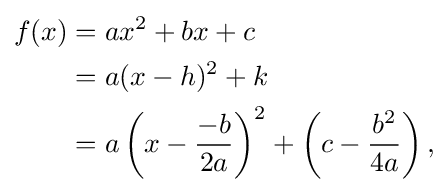
{\begin{aligned}f(x)&=ax^{2}+bx+c\\&=a(x-h)^{2}+k\\&=a\left(x-{\frac {-b}{2a}}\right)^{2}+\left(c-{\frac {b^{2}}{4a}}\right),\\\end{aligned}}